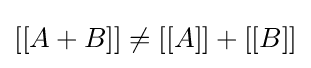
[[A+B]]\neq [[A]]+[[B]]